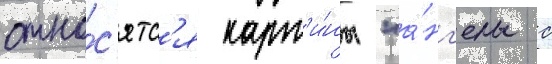
отно́с'ятс'я карт'и́ны "а́нг'елы с